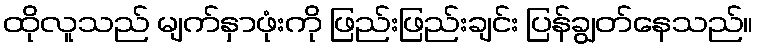
ထိုလူသည် မျက်နှာဖုံးကို ဖြည်းဖြည်းချင်း ပြန်ချွတ်နေသည်။